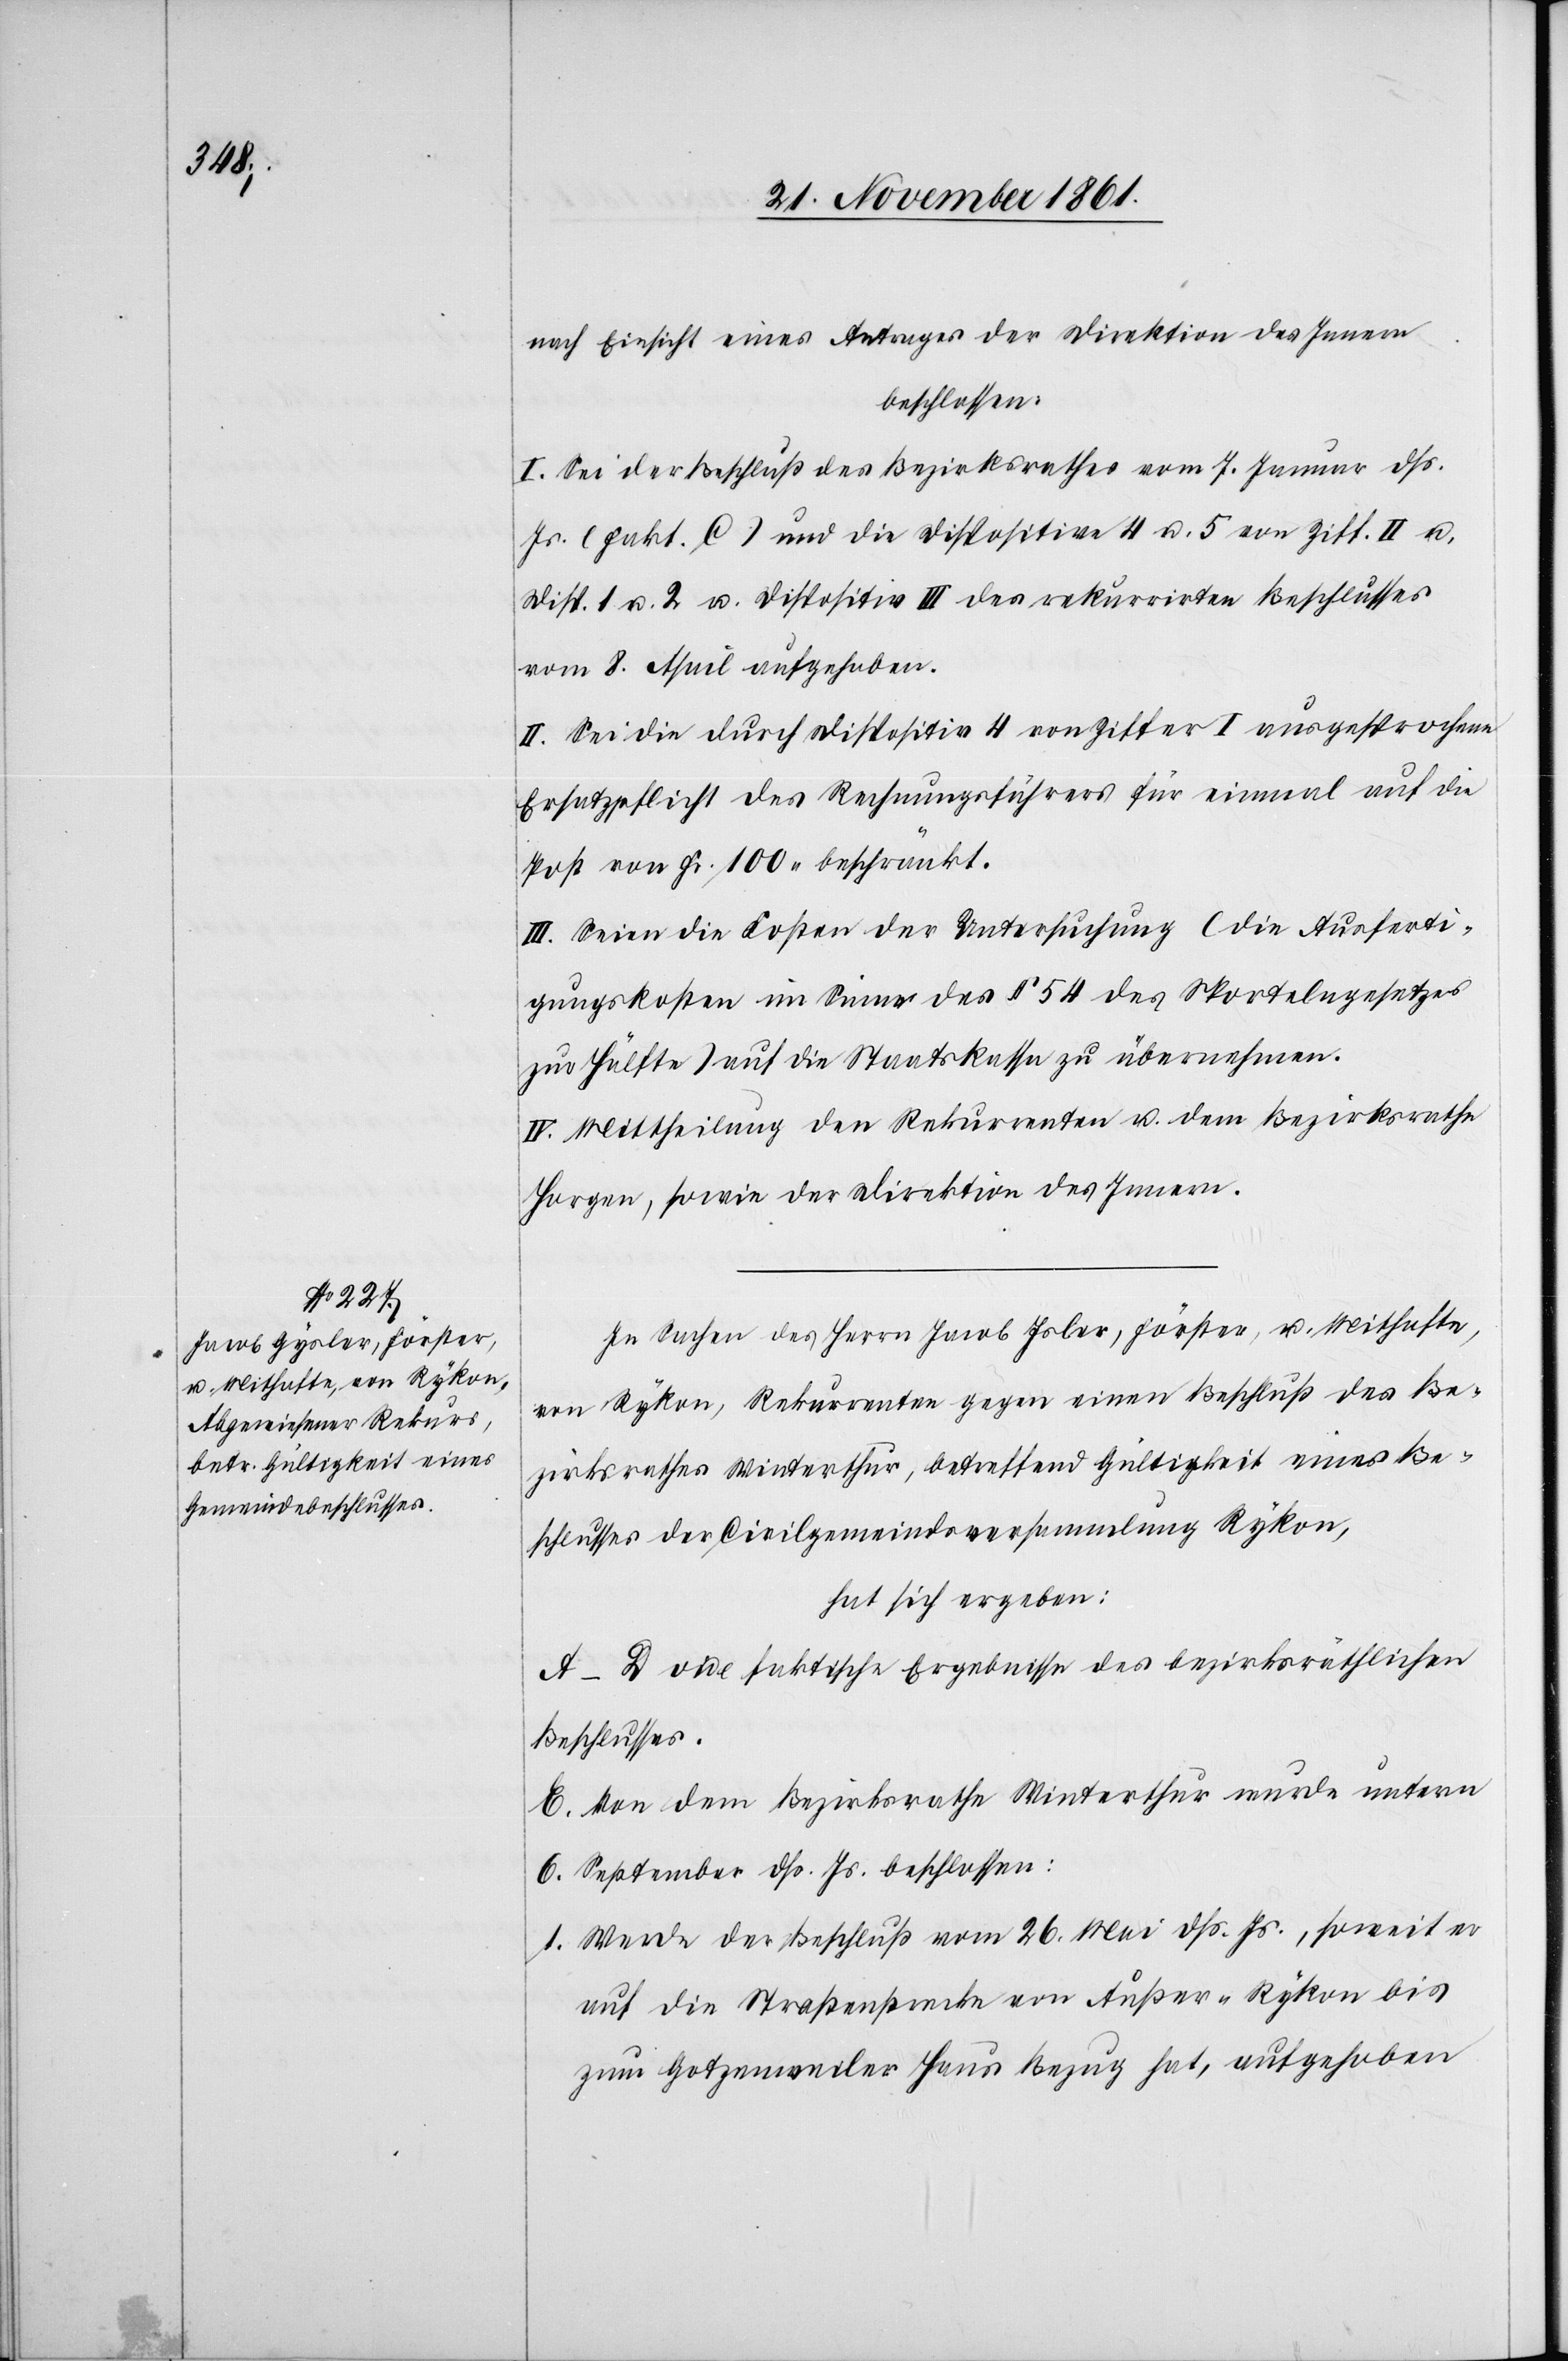
nach Einsicht eines Antrages der Direktion des Innern
beschlossen:
I. Sei der Beschluß des Bezirksrathes vom 7 Januar dß.
Js. (Fakt. C.) und die Disposition 4 u. 5 von Ziff. II u.
Disp. 1 u. 2 u. Dispositiv III des rekurrirten Beschlusses
vom 8 April aufgehoben.
II. Sei die durch Dispositiv 4 von Ziffer I ausgesprochene
Ersatzpflicht des Rechnungsführers für einmal auf die
Post von Fr. 100 beschränkt.
III. Seien die Kosten der Untersuchung (die Ausferti¬
gungskosten im Sinne des § 54 des Sportelngesetzes
zur Hälfte) auf die Staatskassa zu übernehmen.
IV. Mittheilung den Rekurrenten u. dem Bezirksrathe
Horgen, sowie der Direktion des Innern.
In Sachen des Herrn Jacob Isler [sic!], Förster, u. Mithafte,
von Rykon, Rekurrenten gegen einen Beschluß des Be¬
zirksrathes Winterthur, betreffend Gültigkeit eines Be¬
schlusses der Civilgemeindeversammlung Rykon,
hat sich ergeben:
A–D. vide faktische Ergebnisse des bezirksräthlichen
Beschlusses.
E. Von dem Bezirksrathe Winterthur wurde unterm
6 September dß Js. beschlossen:
1. Werde der Beschluß vom 26 Mai dß. Js., soweit er
auf die Straßenstrecke von Außer-Rykon bis
zum Gotzenweiler Haus Bezug hat, aufgehoben